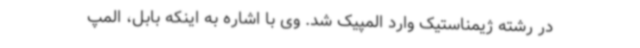
در رشته ژیمناستیک وارد المپیک شد. وی با اشاره به اینکه بابل، المپ